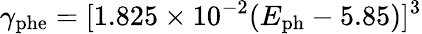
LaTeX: \gamma_{\mathrm{{{phe}}}}=[1.825\times 10^{-2}(E_{\mathrm{{ph}}}-5.85)]^{3}